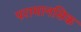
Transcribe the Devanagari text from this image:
परामानसिक